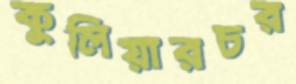
কুলিয়ারচর